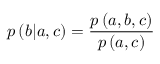
p \left( b | a , c \right) = \frac { p \left( a , b , c \right) } { p \left( a , c \right) }